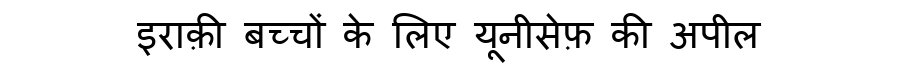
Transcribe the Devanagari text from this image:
इराक़ी बच्चों के लिए यूनीसेफ़ की अपील